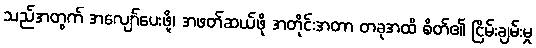
သည်အတွက် အလျော်ပေးဖို့၊ အဖတ်ဆယ်ဖို အတိုင်းအတာ တခုအထိ စိတ်၏ ငြိမ်းချမ်းမှု